Insane asylums in Bengal annual reports 1876-1887 - 1876-1887
Year: 1876
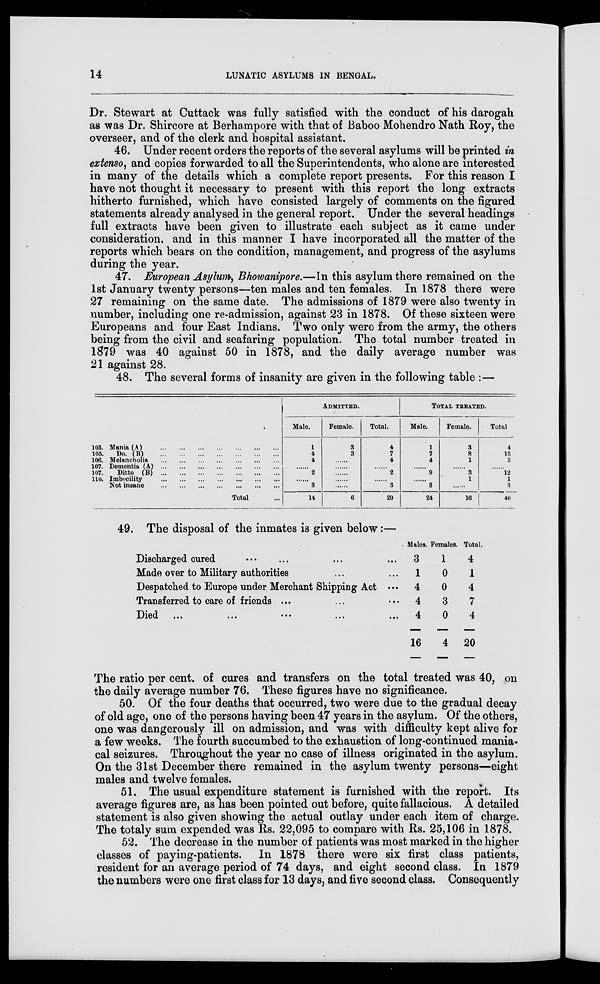
14
LUNATIC ASYLUMS IN BENGAL.
Dr. Stewart at Cuttack was fully satisfied with the conduct of his darogah
as was Dr. Shircore at Berhampore with that of Baboo Mohendro Nath Roy, the
overseer, and of the clerk and hospital assistant.
46. Under recent orders the reports of the several asylums will be printed in
extenso, and copies forwarded to all the Superintendents, who alone are interested
in many of the details which a complete report presents. For this reason I
have not thought it necessary to present with this report the long extracts
hitherto furnished, which have consisted largely of comments on the figured
statements already analysed in the general report. Under the several headings
full extracts have been given to illustrate each subject as it came under
consideration, and in this manner I have incorporated all the matter of the
reports which bears on the condition, management, and progress of the asylums
during the year.
47. European Asylum, Bhowanipore.—In this asylum there remained on the
1st January twenty persons—ten males and ten females. In 1878 there were
27 remaining on the same date. The admissions of 1879 were also twenty in
number, including one re-admission, against 23 in 1878. Of these sixteen were
Europeans and four East Indians. Two only were from the army, the others
being from the civil and seafaring population. The total number treated in
1879 was 40 against 50 in 1878, and the daily average number was
21 against 28.
48. The several forms of insanity are given in the following table :—
105. Mania (A)
...
...
...
...
...
...
...
105.
Do. (B)
...
...
...
...
...
...
...
106. Melancholia
...
...
...
...
...
...
...
107. Dementia (A)
...
...
...
...
...
...
...
107.
Ditto (B)
...
...
...
...
...
...
...
110. Imbecility
...
...
...
...
...
...
...
Not insane
...
...
...
...
...
...
...
Total ...
ADMITTED.
Male.
1
4
4
......
2
......
3
14
Female.
3
3
......
......
......
......
......
6
Total.
4
7
4
......
2
......
3
20
TOTAL TREATED.
Male.
1
7
4
......
9
......
3
24
Female.
3
8
1
......
3
1
......
16
Total.
4
15
5
......
12
1
3
40
49. The disposal of the inmates is given below :—
Discharged cured ... ... ... ...
Made over to Military authorities ... ...
Despatched to Europe under Merchant Shipping Act ...
Transferred to care of friends ... ... ...
Died ... ... ... ... ...
Males.
3
1
4
4
4
16
Females.
1
0
0
3
0
4
Total.
4
1
4
7
4
20
The ratio per cent. of cures and transfers on the total treated was 40, on
the daily average number 76. These figures have no significance.
50. Of the four deaths that occurred, two were due to the gradual decay
of old age, one of the persons having been 47 years in the asylum. Of the others,
one was dangerously ill on admission, and was with difficulty kept alive for
a few weeks. The fourth succumbed to the exhaustion of long-continued mania-
cal seizures. Throughout the year no case of illness originated in the asylum.
On the 31st December there remained in the asylum twenty persons—eight
males and twelve females.
51. The usual expenditure statement is furnished with the report. Its
average figures are, as has been pointed out before, quite fallacious. A detailed
statement is also given showing the actual outlay under each item of charge.
The totaly sum expended was Rs. 22,095 to compare with Rs. 25,106 in 1878.
52. The decrease in the number of patients was most marked in the higher
classes of paying-patients. In 1878 there were six first class patients,
resident for an average period of 74 days, and eight second class. In 1879
the numbers were one first class for 13 days, and five second class. Consequently